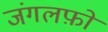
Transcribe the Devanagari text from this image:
जंगलफ़ो